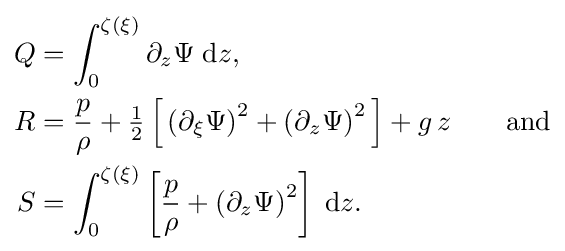
{\begin{aligned}Q&=\int _{0}^{\zeta (\xi )}\partial _{z}\Psi \;{\text{d}}z,\\R&={\frac {p}{\rho }}+{\tfrac {1}{2}}\,{\Bigl [}\left(\partial _{\xi }\Psi \right)^{2}+\left(\partial _{z}\Psi \right)^{2}{\Bigr ]}+g\,z\qquad {\text{and}}\\S&=\int _{0}^{\zeta (\xi )}\left[{\frac {p}{\rho }}+\left(\partial _{z}\Psi \right)^{2}\right]\;{\text{d}}z.\end{aligned}}